Source: Handwritten
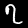
Digit: ၇ (7)